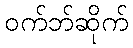
ဝက်ဘ်ဆိုက်